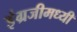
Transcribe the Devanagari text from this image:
इंग्रजीमध्यी